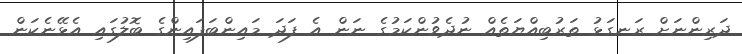
ދަރިންނަށް ރަނގަޅު ތަރުބިއްޔަތެއް ނުދެވުންކަމުގެ ނަން އެ ފަދަ މައިންބަފައިންގެ ބޮލުގައި އެޅޭނެކަން